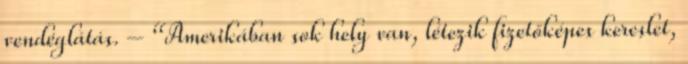
vendéglátás. – “Amerikában sok hely van, létezik fizetőképes kereslet,